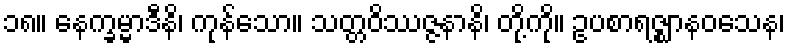
၁၈။ နေက္ခမ္မာဒီနိ၊ ကုန်သော။ သတ္တဝိဿဇ္ဇနာနိ၊ တို့ကို။ ဥပစာရဇ္ဈာနဝသေန၊